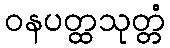
ဝနပတ္ထသုတ္တံ